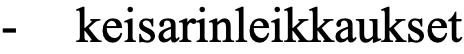
-  keisarinleikkaukset